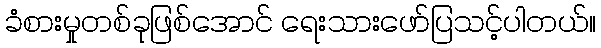
ခံစားမှုတစ်ခုဖြစ်အောင် ရေးသားဖော်ပြသင့်ပါတယ်။